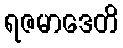
ရဇမာဒေတိ